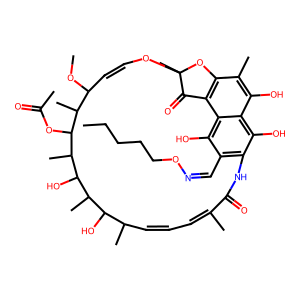
SMILES: CCCCCON=Cc1c2c(O)c3c(O)c(C)c4c(c3c1O)C(=O)C(C)(OC=CC(OC)C(C)C(OC(C)=O)C(C)C(O)C(C)C(O)C(C)C=CC=C(C)C(=O)N2)O4
Inhibits HIV replication: No